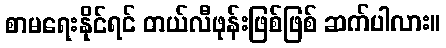
စာမရေးနိုင်ရင် တယ်လီဖုန်းဖြစ်ဖြစ် ဆက်ပါလား။